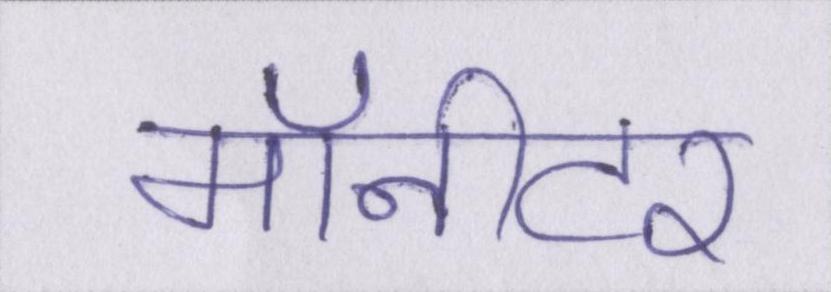
मॉनीटर